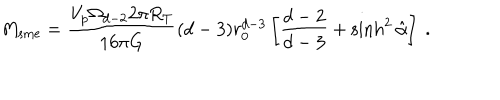
M _ { \mathrm { s m e } } = \frac { V _ { p } \Omega _ { d - 2 } 2 \pi R _ { T } } { 1 6 \pi G } ( d - 3 ) r _ { 0 } ^ { d - 3 } \left[ \frac { d - 2 } { d - 3 } + \sinh ^ { 2 } \hat { \alpha } \right] \ .